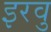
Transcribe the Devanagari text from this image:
इरवु